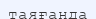
таяғанда